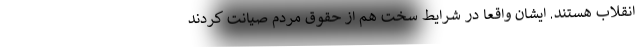
انقلاب هستند. ایشان واقعاً در شرایط سخت هم از حقوق مردم صیانت کردند